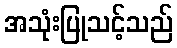
အသုံးပြုသင့်သည်